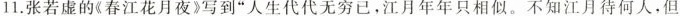
11。张若虚的《春江花月夜》写到”人生代代无穷已，江月年年只相似。不知江月待何人，但